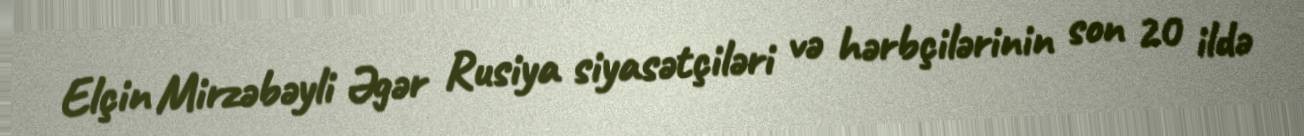
Elçin Mirzəbəyli Əgər Rusiya siyasətçiləri və hərbçilərinin son 20 ildə